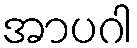
အာပဂါ